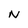
Character: N